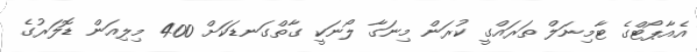
އެއާޕޯޓްގެ ޓާމިނަލް ތަރައްގީ ކުރަން މިނަގާ ލޯނަކީ ގާތްގަނޑަކަށް 400 މިލިއަން ޑޮލަރުގެ